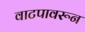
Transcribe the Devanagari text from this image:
वाटपावरून